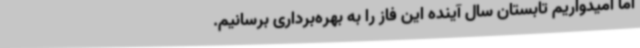
اما امیدواریم تابستان سال آینده این فاز را به بهره‌برداری برسانیم.